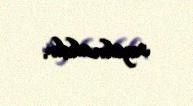
sayılmalıdır.